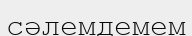
сәлемдемем